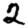
Digit: 2